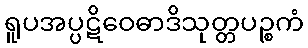
ရူပအပ္ပဋိဝေဓာဒိသုတ္တပဉ္စကံ